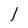
Character: l